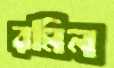
রমিন